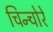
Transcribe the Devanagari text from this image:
चिन्चोरे